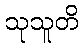
သုသူတိ